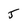
Character: 5